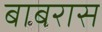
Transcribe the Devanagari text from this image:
बाबरास